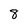
Character: 8